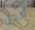
أخجل